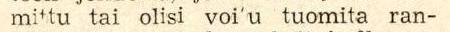
mittu tai olisi voi'u tuomita ran-